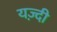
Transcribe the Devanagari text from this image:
यज़्दी